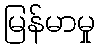
မြန်မာမှု